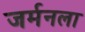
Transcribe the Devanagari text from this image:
जर्मनला